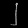
Digit: ၂